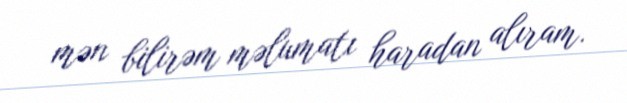
mən bilirəm məlumatı haradan alıram.